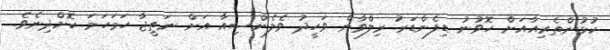
ކުޅުންތެރިއާއަށް ހޮވުނު ޑިފެންޑަރު ރިލްވާން ވަހީދު ވެލެންސިއާ އަށް ނަތީޖާ ހަމަހަމަ ކޮށްދިނެވެ.